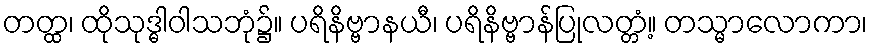
တတ္ထ၊ ထိုသုဒ္ဓါဝါသဘုံ၌။ ပရိနိဗ္ဗာနယီ၊ ပရိနိဗ္ဗာန်ပြုလတ္တံ့။ တသ္မာလောကာ၊